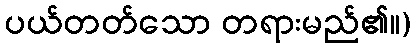
ပယ်တတ်သော တရားမည်၏။)